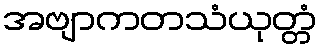
အဗျာကတသံယုတ္တံ